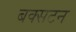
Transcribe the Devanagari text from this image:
बक्सटन